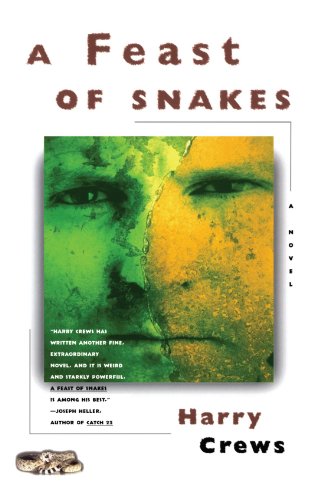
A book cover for A Feast of Snakes: A Novel; Harry Crews; Literature & Fiction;